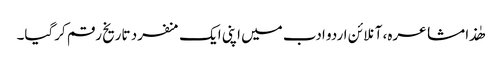
ھٰذا مشاعرہ، آنلائن اردو ادب میں اپنی ایک منفرد تاریخ رقم کرگیا۔